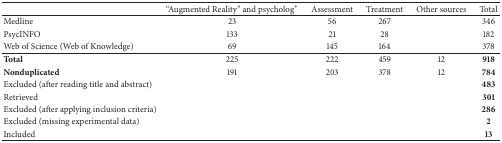
|  | “Augmented Reality” and psycholog* | Assessment | Treatment | Other sources | Total |
 | --- | --- | --- | --- | --- | --- |
 | Medline | 23 | 56 | 267 |  | 346 |
 | PsycINFO | 133 | 21 | 28 |  | 182 |
 | Web of Science (Web of Knowledge) | 69 | 145 | 164 |  | 378 |
 | Total | 225 | 222 | 459 | 12 | 918 |
 | Nonduplicated | 191 | 203 | 378 | 12 | 784 |
 | Excluded (after reading title and abstract) |  |  |  |  | 483 |
 | Retrieved |  |  |  |  | 301 |
 | Excluded (after applying inclusion criteria) |  |  |  |  | 286 |
 | Excluded (missing experimental data) |  |  |  |  | 2 |
 | Included |  |  |  |  | 13 |